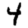
Digit: 4